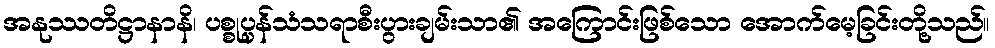
အနုဿတိဋ္ဌာနာနိ၊ ပစ္စုပ္ပန်သံသရာစီးပွားချမ်းသာ၏ အကြောင်းဖြစ်သော အောက်မေ့ခြင်းတို့သည်။